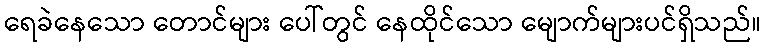
ရေခဲနေသော တောင်များ ပေါ်တွင် နေထိုင်သော မျောက်များပင်ရှိသည်။